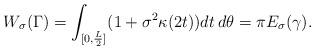
LaTeX: \begin{align*}W_\sigma(\Gamma)=\int_{[0,\frac{L}{2}]}(1+\sigma^2\kappa(2t))dt\,d\theta=\pi E_\sigma(\gamma).\end{align*}